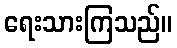
ရေးသားကြသည်။